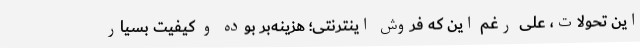
این تحولات، علی رغم این که فروش اینترنتی؛ هزینه‌بر بوده و کیفیت بسیار